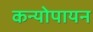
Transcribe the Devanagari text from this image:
कन्योपायन